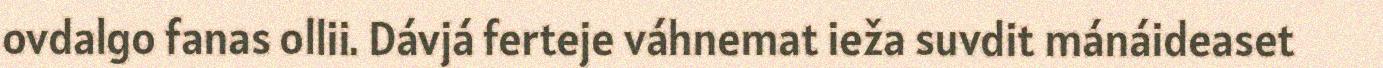
ovdalgo fanas ollii. Dávjá ferteje váhnemat ieža suvdit mánáideaset